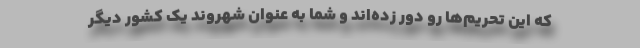
که این تحریم‌ها رو دور زده‌اند و شما به عنوان شهروند یک کشور دیگر